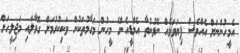
އެމީހުންނަށް އެއްވެސް ފިޔަވަޅެއް ނޭޅުނުތާ އެމްޑީއެންގެ މީހުން މަގާމުތަކުން ވަކިކުރުމަށް ގޮވާލައި މަޖިލީހަށް